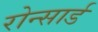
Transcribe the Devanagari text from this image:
रोन्सार्ड